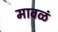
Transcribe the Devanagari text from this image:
मावळं